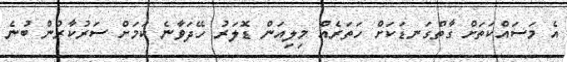
އެ މަސައްކަތަށް ގާތްގަނޑަކަށް ހަތަރެއް މިލިއަން ޑޮލަރު ހޭދަވާނެ ކަމަށް ސަރުކާރުން ބުނެ